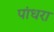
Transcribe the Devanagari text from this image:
पांधरा